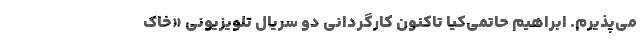
می‌پذیرم. ابراهیم حاتمی‌کیا تاکنون کارگردانی دو سریال تلویزیونی «خاک